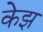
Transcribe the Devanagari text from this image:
केझ